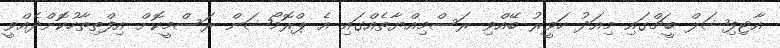
އާޓިފިޝަލް ބީޗްގައި މިއަދު ހަވީރު ބޭއްވި ރަސްމިއްޔާތެއްގައި އެ ޕްރޮމޯޝަން ރަސްމީކޮށް އިފްތިތާހުކޮށްދެއްވީ